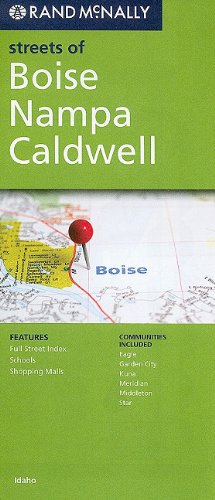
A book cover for Rand McNally Streets of Boise Nampa Cladwell: Idaho; Travel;